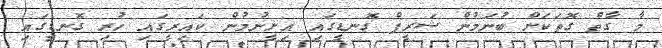
މާ ގާތް ގޮތަކަށް ބުނަމުން ޝަރީފް ގޮނޑީގައި އިށީނުމުން ކައިރީގައި ހުރި ގޮނޑީގައި